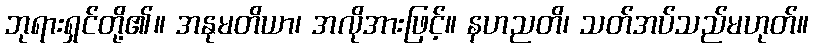
ဘုရားရှင်တို့၏။ အနုမတိယာ၊ အလိုအားဖြင့်။ နဟညတိ၊ သတ်အပ်သည်မဟုတ်။